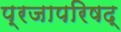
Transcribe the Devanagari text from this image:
प्रजापरिषद्